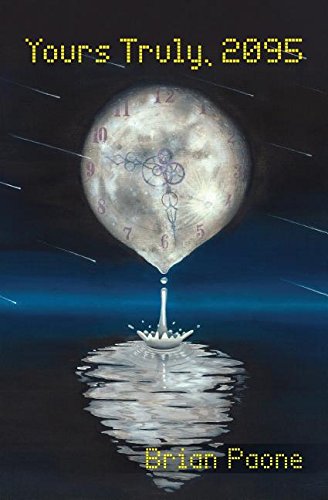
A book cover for Yours Truly, 2095; Brian Paone; Science Fiction & Fantasy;